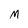
Character: M